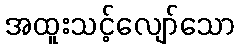
အထူးသင့်လျော်သော